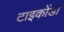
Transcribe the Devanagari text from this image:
टाइकोंडों